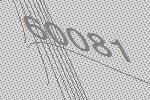
60081